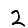
Digit: 2